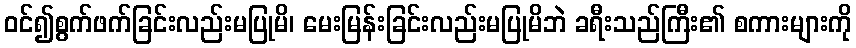
ဝင်၍စွက်ဖက်ခြင်းလည်းမပြုမိ၊ မေးမြန်းခြင်းလည်းမပြုမိဘဲ ခရီးသည်ကြီး၏ စကားများကို